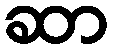
ဆာ